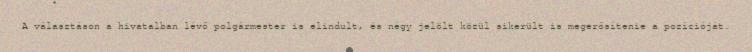
A választáson a hivatalban lévő polgármester is elindult, és négy jelölt közül sikerült is megerősítenie a pozícióját.